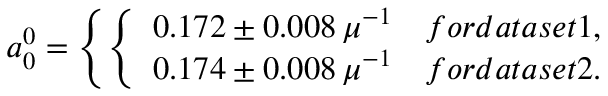
a _ { 0 } ^ { 0 } = \left\{ \left\{ \begin{array} { l l } { { 0 . 1 7 2 \pm 0 . 0 0 8 \, \mu ^ { - 1 } } } & { { f o r d a t a s e t 1 , } } \\ { { 0 . 1 7 4 \pm 0 . 0 0 8 \, \mu ^ { - 1 } } } & { { f o r d a t a s e t 2 . } } \end{array} \right. \right.